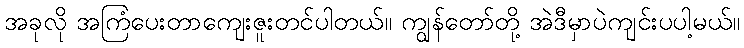
အခုလို အကြံပေးတာကျေးဇူးတင်ပါတယ်။ ကျွန်တော်တို့ အဲဒီမှာပဲကျင်းပပါ့မယ်။